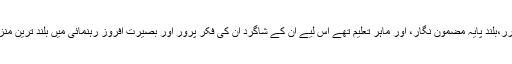
وہ خود ایک قادر الکلام شاعر،شعلہ بیان مقرر،بلند پایہ مضمون نگار، اور ماہر تعلیم تھے اس لیے ان کے شاگرد ان کی فکر پرور اور بصیرت افروز رہنمائی میں بلند ترین منزلوں کی جستجو میں رواں دواں رہتے تھے۔